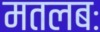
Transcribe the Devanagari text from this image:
मतलबः